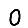
Digit: 0